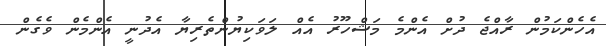
އެހެންކަމުން ރާއްޖެ ދުށް އެންމެ މަޝްހޫރު އެއް ލަވަކިޔުންތެރިޔާ އެދުނީ އެންމެން ވެގެން